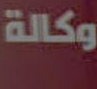
وكالة